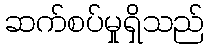
ဆက်စပ်မှုရှိသည်